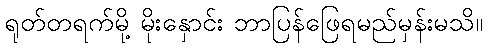
ရုတ်တရက်မို့ မိုးနှောင်း ဘာပြန်ဖြေရမည်မှန်းမသိ။